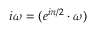
i \omega = ( e ^ { i \pi / 2 } \cdot \omega )